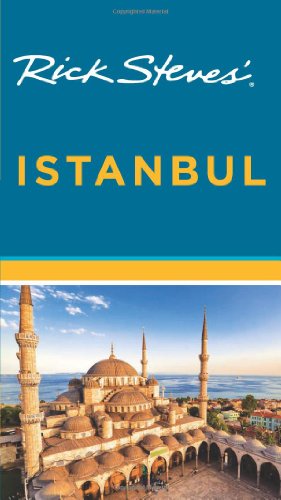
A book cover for Rick Steves' Istanbul; Lale Surmen Aran; Travel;